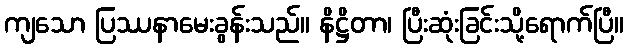
ကျသော ပြဿနာမေးခွန်းသည်။ နိဋ္ဌိတာ၊ ပြီးဆုံးခြင်းသို့ရောက်ပြီ။